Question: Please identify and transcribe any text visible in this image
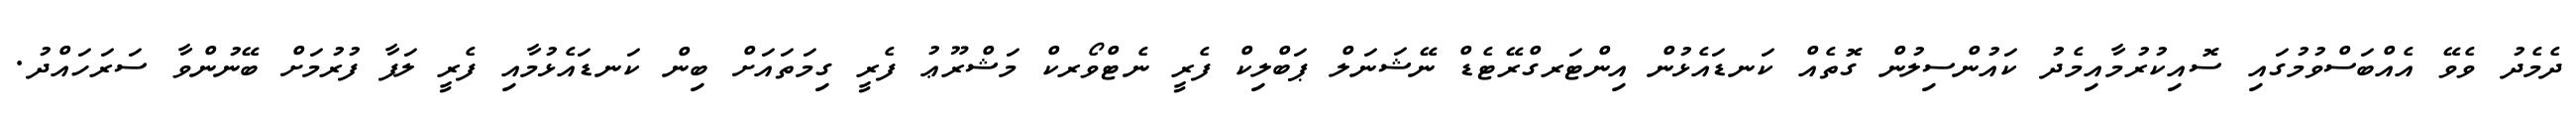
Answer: ދެމެދު ވެވޭ އެއްބަސްވުމުގައި ސޮއިކުރުމާއިމެދު ކައުންސިލުން ގޮތެއް ކަނޑައެޅުން އިންޓަރގްރޭޓެޑް ނޭޝަނަލް ޕަބްލިކް ފެރީ ނެޓްވޯރކް މަޝްރޫޢު ފެރީ ގިމަތައަށް ބިން ކަނޑައެޅުމާއި ފެރީ ލަފާ ފުރުމަށް ބޭނުންވާ ސަރަހައްދު.